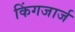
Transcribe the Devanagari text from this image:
किंगजार्ज